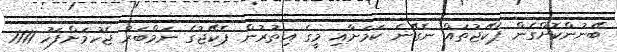
ބޭނުންކޮށްގެން ޕެކޭޖުތައް ނެގޭނެ ކަމަށާއި މީގެ އިތުރުން ޕެކޭޖުގެ ނަމްބަރު ޖެހުމަށްފަހު 1111